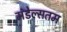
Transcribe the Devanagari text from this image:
मंडेल्सतम